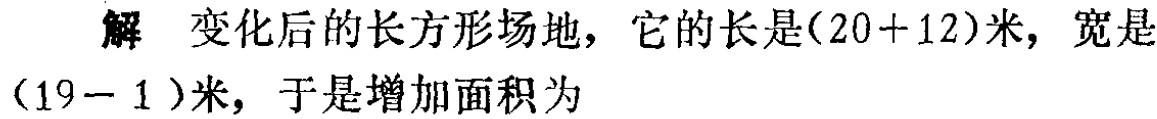
解 变化后的长方形场地，它的长是\((20 + 12)\)米，宽是\((19 - 1)\)米，于是增加面积为